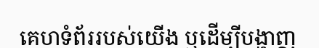
គេហទំព័ររបស់យើង ឬដើម្បីបង្ហាញ